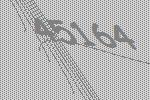
45164